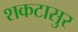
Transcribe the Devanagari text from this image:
शकटासुर